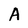
Character: A